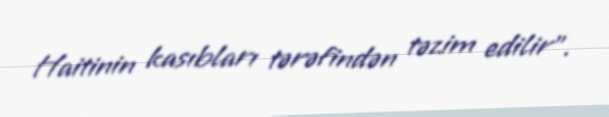
Haitinin kasıbları tərəfindən təzim edilir".